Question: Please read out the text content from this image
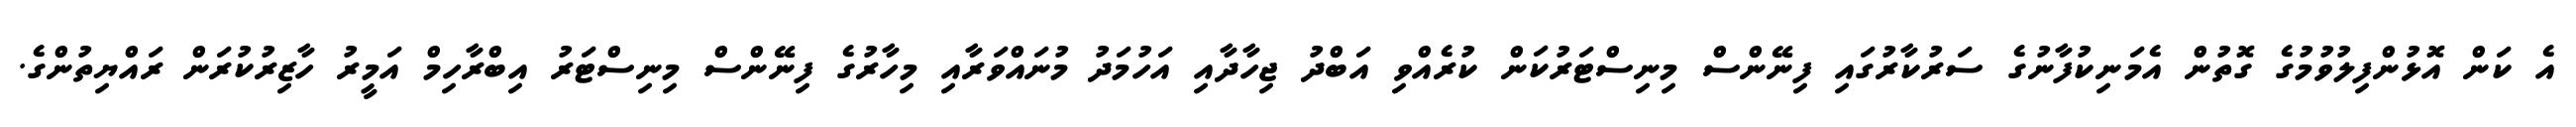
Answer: އެ ކަން އޮޅުންފިލުވުމުގެ ގޮތުން އެމަނިކުފާނުގެ ސަރުކާރުގައި ފިނޭންސް މިނިސްޓަރުކަން ކުރެއްވި އަބްދު ޖިހާދާއި އަހުމަދު މުނައްވަރާއި މިހާރުގެ ފިނޭންސް މިނިސްޓަރު އިބްރާހިމް އަމީރު ހާޒިރުކުރަން ރައްޔިތުންގެ.